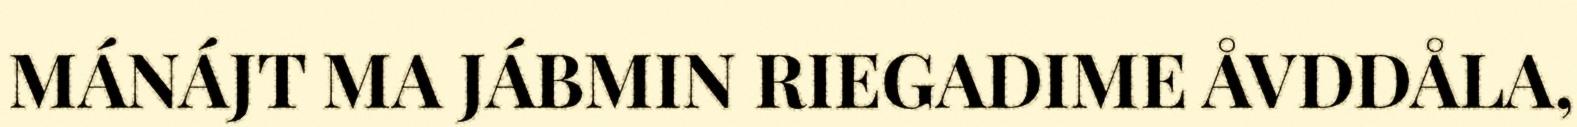
MÁNÁJT MA JÁBMIN RIEGADIME ÅVDDÅLA,